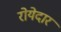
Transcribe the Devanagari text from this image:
रोयेदार